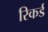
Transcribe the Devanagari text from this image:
रिकर्ड